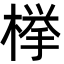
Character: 﨔